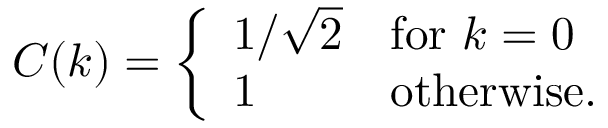
C ( k ) = \left\{ \begin{array} { l l } { 1 / { \sqrt { 2 } } } & { \mathrm { f o r } ~ k = 0 } \\ { 1 } & { \mathrm { o t h e r w i s e . } } \end{array} \right.